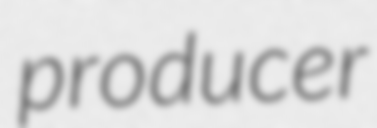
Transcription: producer